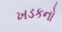
ખડકનો